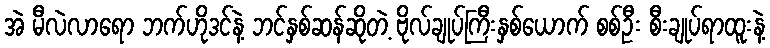
အဲ မီလဲလာရော ဘက်ဟိုဒင်နဲ့ ဘင်နှစ်ဆန်ဆိုတဲ့ ဗိုလ်ချုပ်ကြီးနှစ်ယောက် စစ်ဦး စီးချုပ်ရာထူးနဲ့